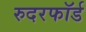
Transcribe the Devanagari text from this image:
रुदरफॉर्ड